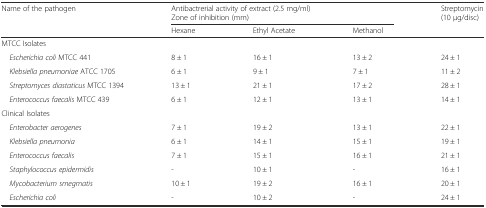
| <ROWSPAN=3> Name of the pathogen | <COLSPAN=3> Antibactrerial activity of extract (2.5 mg/ml) | <ROWSPAN=3> Streptomycin (10 μg/disc) |
 | <COLSPAN=3> Zone of inhibition (mm) |
 | Hexane | Ethyl Acetate | Methanol |
 | --- | --- | --- | --- | --- |
 | MTCC Isolates |  |  |  |  |
 | Escherichia coli MTCC 441 | 8 ± 1 | 16 ± 1 | 13 ± 2 | 24 ± 1 |
 | Klebsiella pneumoniae ATCC 1705 | 6 ± 1 | 9 ± 1 | 7 ± 1 | 11 ± 2 |
 | Streptomyces diastaticus MTCC 1394 | 13 ± 1 | 21 ± 1 | 17 ± 2 | 28 ± 1 |
 | Enterococcus faecalis MTCC 439 | 6 ± 1 | 12 ± 1 | 13 ± 1 | 14 ± 1 |
 | Clinical Isolates |  |  |  |  |
 | Enterobacter aerogenes | 7 ± 1 | 19 ± 2 | 13 ± 1 | 22 ± 1 |
 | Klebsiella pneumonia | 6 ± 1 | 14 ± 1 | 15 ± 1 | 19 ± 1 |
 | Enterococcus faecalis | 7 ± 1 | 15 ± 1 | 16 ± 1 | 21 ± 1 |
 | Staphylococcus epidermidis | - | 10 ± 1 | - | 16 ± 1 |
 | Mycobacterium smegmatis | 10 ± 1 | 19 ± 2 | 16 ± 1 | 20 ± 1 |
 | Escherichia coli | - | 10 ± 2 | - | 24 ± 1 |